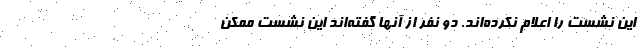
این نشست را اعلام نکرده‌اند. دو نفر از آنها گفته‌اند این نشست ممکن